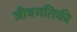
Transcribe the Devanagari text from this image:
जीवगतिकी